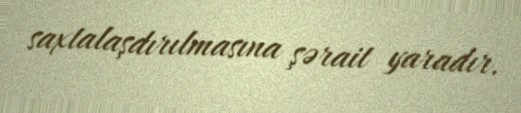
saxtalaşdırılmasına şərait yaradır.